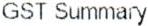
GST SUMMARY